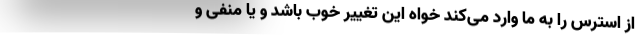
از استرس را به ما وارد می‌کند خواه این تغییر خوب باشد و یا منفی و